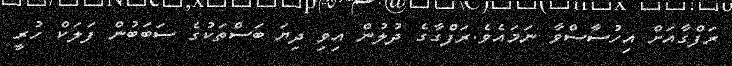
ރަފްގާއަށް އިހުސާސްވާ ނަމައެވެ.ރަފްގާގެ ދުލުން އިވި ދިޔަ ބަސްތަކުގެ ސަބަބުން ފަލަކް ހުރީ